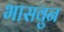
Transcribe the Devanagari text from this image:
भासवुन